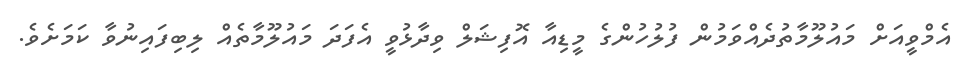
އެމްވީއަށް މައުލޫމާތުދެއްވަމުން ފުލުހުންގެ މީޑިއާ އޮފިޝަލް ވިދާޅުވީ އެފަދަ މައުލޫމާތެއް ލިބިފައިނުވާ ކަމަށެވެ.